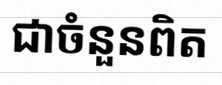
សន្មតថា x ជាចំនួនពិត